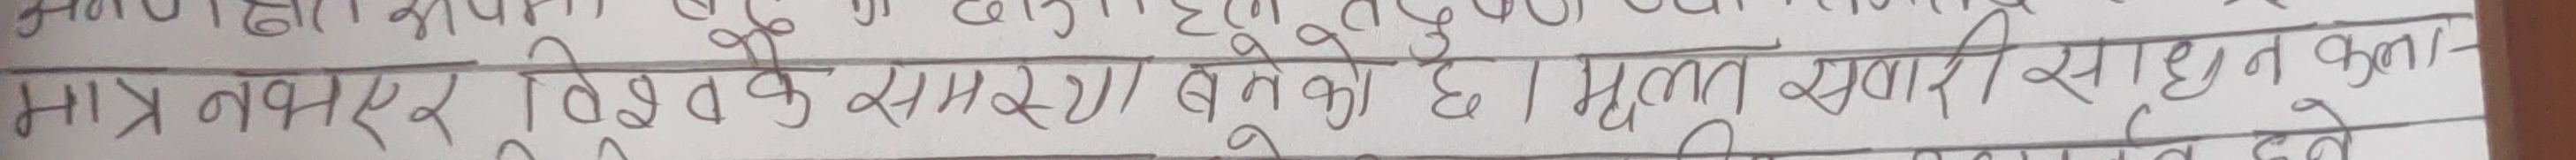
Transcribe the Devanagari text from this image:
मात्र तवर विद्यक समर बनेको छ। मूल सवाल/साधन कुन